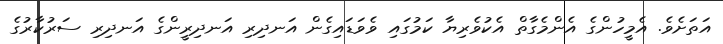
އަތަށެވެ. އެމީހުންގެ އެންމެގާތް އެކުވެރިޔާ ކަމުގައި ވެވަޑައިގެން އަނދިރި އަނދިރީންގެ އަނދިރި ސަރުކާރުގެ